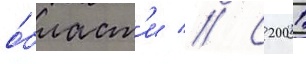
о́бласт'и // С 2001